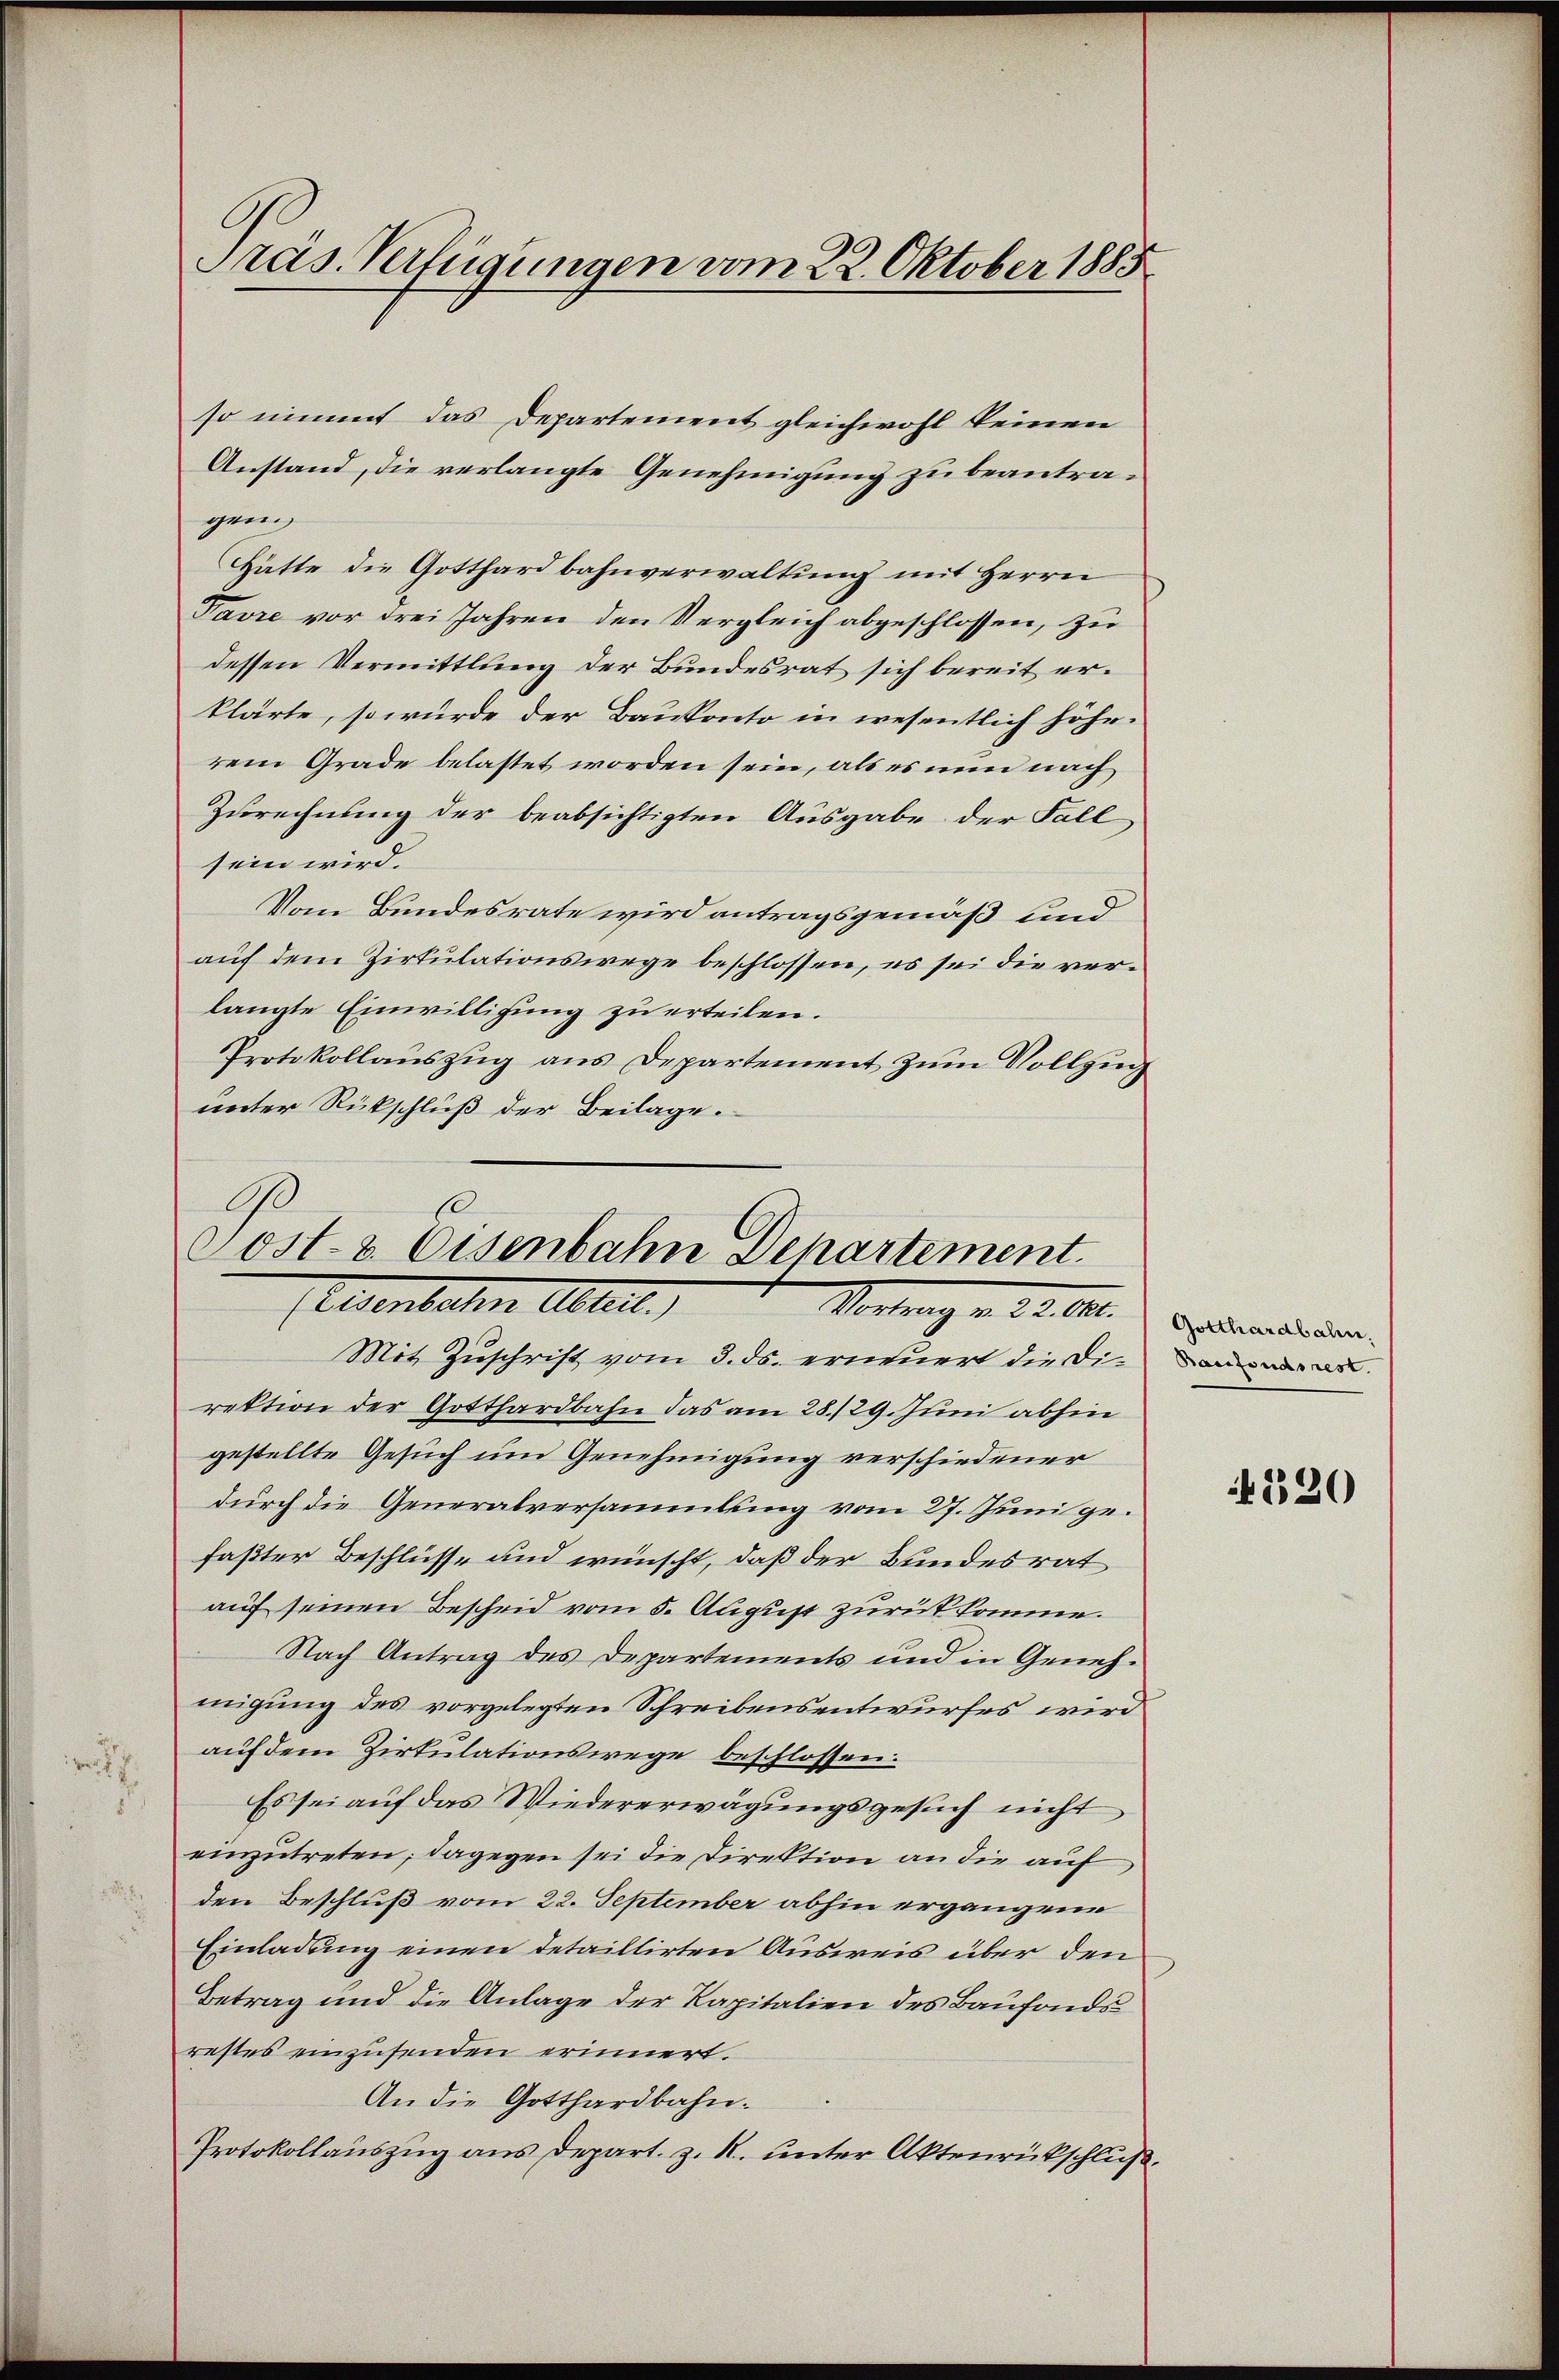
Präs. Verfügungen vom 22. Oktober 1885

so nimmt das Departement gleichwohl keinen
Anstand, die verlangte Genehmigung zu beantragen.
Hätte die Gotthardbahnverwaltung mit Herrn
Pavre vor drei Jahren den Vergleich abgeschlossen, zu
dessen Vermittlung der Bundesrat sich bereit erklärte, so wurde der Baukonto in wesentlich höhe.
rem Grade belastet worden sein, als es nun nach
Zurechnung der beabsichtigten Ausgabe der Fall
sein wird.
Vom Bundesrate wird antragsgemäß und
auf dem Zirkulationswege beschlossen, es sei die verlangte Einwilligung zu erteilen.
Protokollauszug aus Departement zum Vollzug
unter Rückschluß der Beilage.

Sost- & Eisenbahn Departement.
Eisenbachen Abreit.)
Vortrag v. 22. Okt.

Mit Zuschrift vom 3. ds. erneuert die Direktion der Gotthardbahn das am 28./29. Juni abhin
gestellte Gesuch um Genehmigung verschiedener
durch die Generalversammlung vom 27. Juni gefaßter Beschlüsse und wünscht, daß der Bundesrat
auf seinen Bescheid vom 5. August zurück komme.
Nach Antrag des Departements und in Genehmigung des vorgelegten Schreibensentwurfes wird
auf dem Zirkulationswege beschlossen.
r
Es sei auf das Wiedererwägungsgesuch nicht
einzutreten; dagegen sei die Direktion an die auf
den Beschluß vom 22. September abhin ergangene
Einladung einen detaillirten Ausweis über den
Betrag und die Anlage der Kapitalien des Baufondsrestes einzusenden erinnert.
An die Gotthardbahn¬
Protokollauszug aus Depart. z. R. unter Aktenrückschluß.

Gotthardbahn.
Basfonds rest.

4820